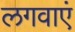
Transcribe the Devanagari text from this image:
लगवाएं